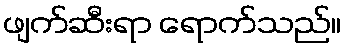
ဖျက်ဆီးရာ ရောက်သည်။